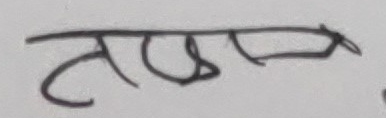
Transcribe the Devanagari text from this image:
तट्स